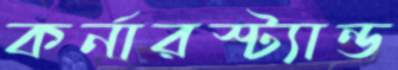
কর্নারস্ট্যান্ড